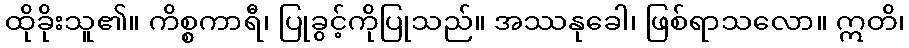
ထိုခိုးသူ၏။ ကိစ္စကာရီ၊ ပြုခွင့်ကိုပြုသည်။ အဿနုခေါ၊ ဖြစ်ရာသလော။ ဣတိ၊